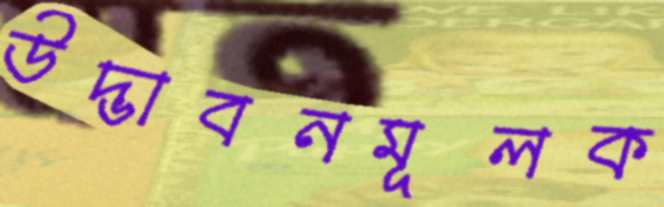
উদ্ভাবনমূলক